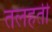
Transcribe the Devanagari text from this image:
तलहती